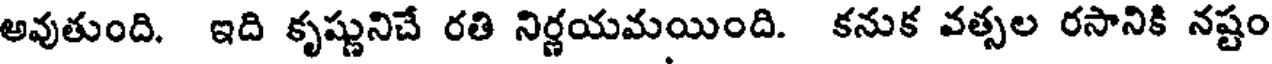
అవుతుంది. ఇది కృష్ణునిచే రతి నిర్ణయమయింది. కనుక వత్సల రసానికి నష్టం